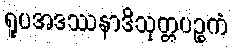
ရူပအဒဿနာဒိသုတ္တပဉ္စကံ